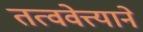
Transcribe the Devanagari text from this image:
तत्ववेत्त्याने